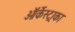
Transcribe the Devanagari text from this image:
ऑर्केस्ट्राका